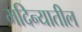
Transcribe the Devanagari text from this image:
मदिन्यातील